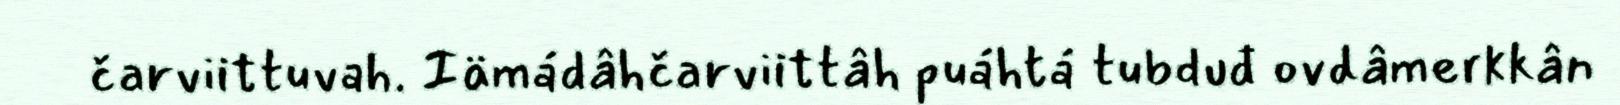
čarviittuvah. Iämádâhčarviittâh puáhtá tubduđ ovdâmerkkân